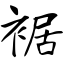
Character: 裾